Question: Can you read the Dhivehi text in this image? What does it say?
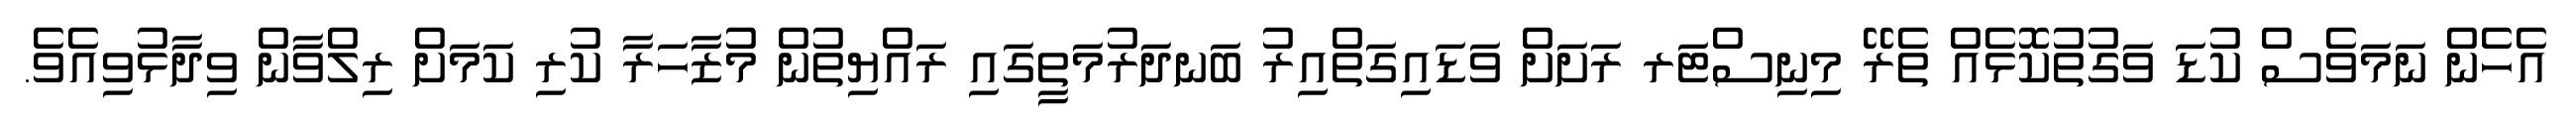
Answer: އެހެން ނަމަވެސް ކުޑަ ވަގުތުކޮޅެއް ތެރޭ މިނިސްޓަރ ރަށަށް ވަޑައިގަތްއިރު ބަނދަރުމަތީގައި ރައްޔިތުން މުޒާހަރާ ކުރި ކަމަށް ރިލްވާން ވިދާޅުވިއެވެ.